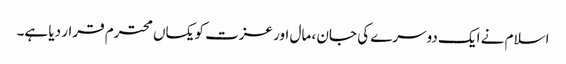
اسلام نے ایک دوسرے کی جان ، مال اور عزت کویکساں محترم قرار دیا ہے۔